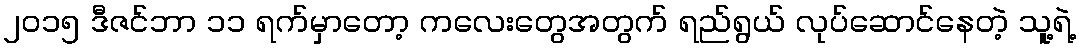
၂၀၁၅ ဒီဇင်ဘာ ၁၁ ရက်မှာတော့ ကလေးတွေအတွက် ရည်ရွယ် လုပ်ဆောင်နေတဲ့ သူ့ရဲ့